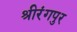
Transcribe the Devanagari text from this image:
श्रीरंगपुर